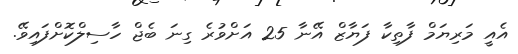
އެއީ މަރިޔަމް ފާތިކާ ފަޔާޒް އޭނާ 25 އަށްވުރެ ގިނަ ބެޖް ހާސިލްކޮށްފައިވޭ.